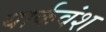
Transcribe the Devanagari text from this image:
यार्कवंश